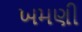
ખમણી